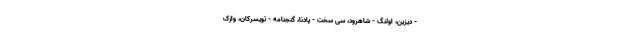
- دیزین، اولنگ - شاهرود، سی سخت - پادنا، گنجنامه - تویسرکان، وازک